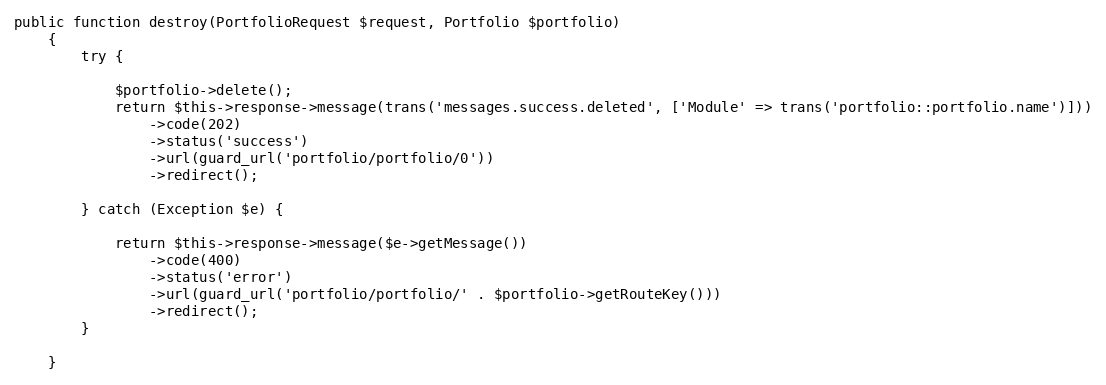
Language: PHP
public function destroy(PortfolioRequest $request, Portfolio $portfolio)
    {
        try {

            $portfolio->delete();
            return $this->response->message(trans('messages.success.deleted', ['Module' => trans('portfolio::portfolio.name')]))
                ->code(202)
                ->status('success')
                ->url(guard_url('portfolio/portfolio/0'))
                ->redirect();

        } catch (Exception $e) {

            return $this->response->message($e->getMessage())
                ->code(400)
                ->status('error')
                ->url(guard_url('portfolio/portfolio/' . $portfolio->getRouteKey()))
                ->redirect();
        }

    }